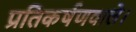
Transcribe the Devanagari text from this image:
प्रतिकर्षणवाले।